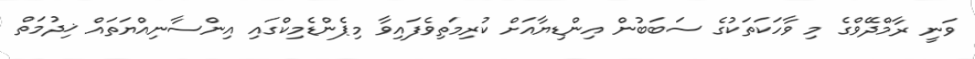
ވަނީ ރާމްދޭވްގެ މި ވާހަކަތަކުގެ ސަބަބުން އިންޑިޔާއަށް ކުރިމަތިވެފައިވާ މިޕެންޑެމިކްގައި އިންސާނިއްޔަތައް ޚިދުމަތް